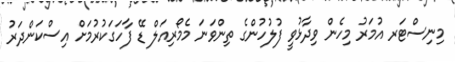
މިނިސްޓަރ އުމަރު މިހެން ވިދާޅުވީ ފުލުހުންގެ ތިންވަނަ މެމޯރިއަލް ޑޭ ފާހަގަކުރުމަށް އިސްކަންދަރު